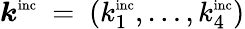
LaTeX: \boldsymbol{k}^{\textnormal{\scriptsize inc}}~=~(k_{1}^{\textnormal{\scriptsize inc}},\dots,k_{4}^{\textnormal{\scriptsize inc}})